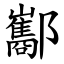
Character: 酅